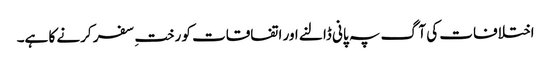
اختلافات کی آگ پہ پانی ڈالنے اور اتفاقات کو رختِ سفر کرنے کا ہے۔